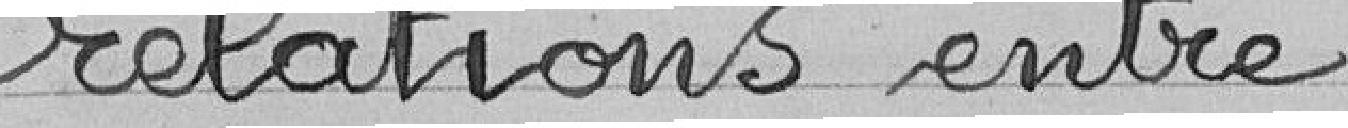
relations entre